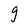
Character: g